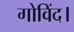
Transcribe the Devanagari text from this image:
गोविंद।